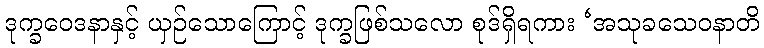
ဒုက္ခဝေဒနာနှင့် ယှဉ်သောကြောင့် ဒုက္ခဖြစ်သလော စုဒ်ရှိရကား ‘အသုခသေဝနာတိ